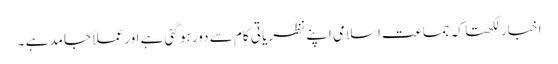
اخبار لکھتا کہ جماعت اسلامی اپنے نظریا تی کام سے دور ہو گئی ہے اور عملاً جامد ہے ۔